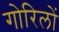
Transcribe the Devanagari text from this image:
गोरिलों